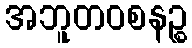
အဘူတဝစနဉ္စ